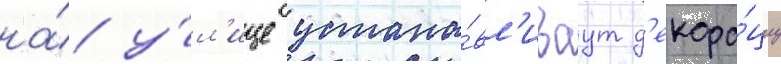
на́ у́л'ице устана́вл'иваут д'екора́циу